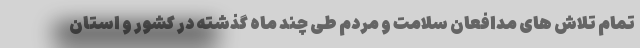
تمام تلاش های مدافعان سلامت و مردم طی چند ماه گذشته در کشور و استان